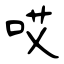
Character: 哎